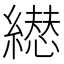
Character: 𦅋